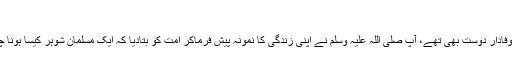
“
اسی طرح آپ ایک بہترین شوہر، مشفق باپ اور وفادار دوست بھی تھے، آپ صلی اللہ علیہ وَسلم نے اپنی زندگی کا نمونہ پیش فرماکر اُمت کو بتادیا کہ ایک مسلمان شوہر کیسا ہونا چاہیے، ایک باپ کیسا ہو اور ایک دوست کیسا ہو۔